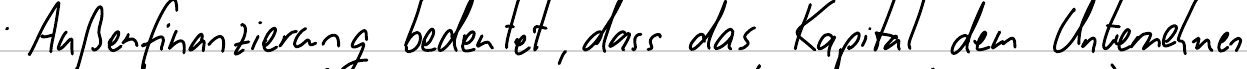
Außenfinanzierung bedeutet, dass das Kapital dem Unternehmen